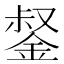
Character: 錖